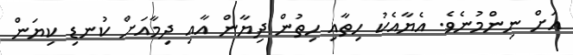
އަށް ނިންމުނެވެ. އެޔާއެކު ހިތާއި ހިތުން ދިޔާން އާއި ދިމާއަށް ކުނޑި ކިޔަން